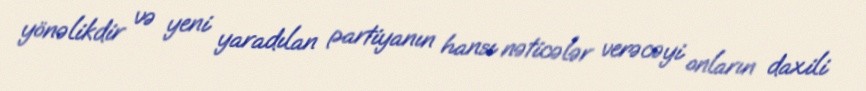
yönəlikdir və yeni yaradılan partiyanın hansı nəticələr verəcəyi onların daxili